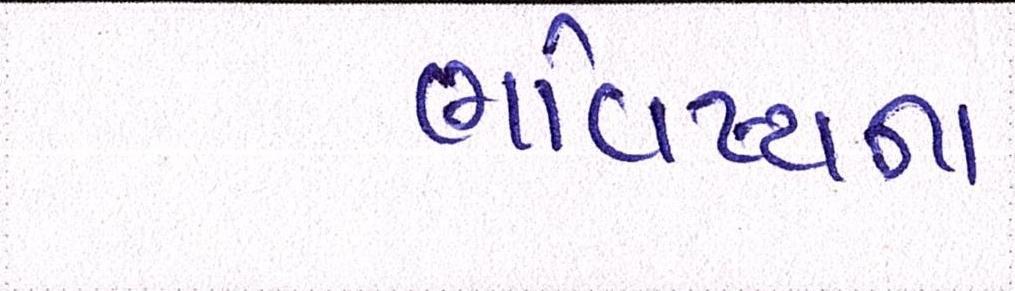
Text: ભવિષ્યના